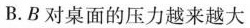
B.B对桌面的压力越来越大